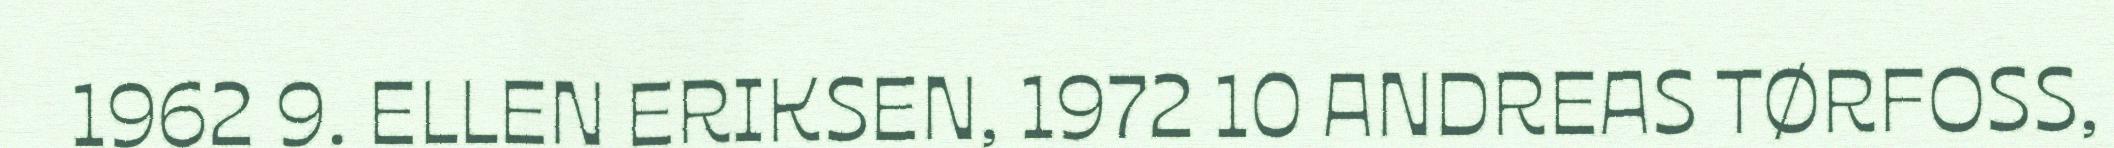
1962 9. ELLEN ERIKSEN, 1972 10 ANDREAS TØRFOSS,